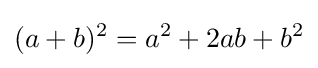
(a+b)^{2}=a^{2}+2ab+b^{2}